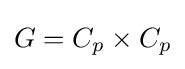
G=C_{p}\times C_{p}